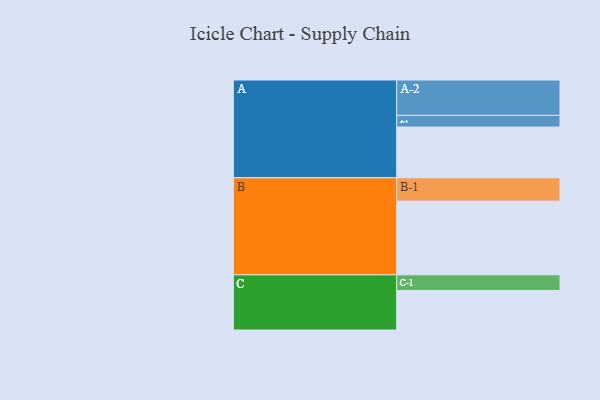
{"axis": {"x": "Segment", "y": "Value"}, "legend": ["", "A", "B", "C"], "data": [{"x": "A", "y": 400, "type": ""}, {"x": "B", "y": 581, "type": ""}, {"x": "C", "y": 312, "type": ""}, {"x": "A-1", "y": 92, "type": "A"}, {"x": "A-2", "y": 279, "type": "A"}, {"x": "B-1", "y": 184, "type": "B"}, {"x": "C-1", "y": 123, "type": "C"}]}